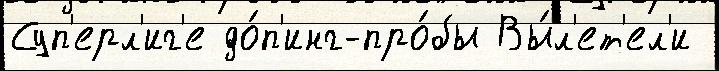
Суп'ерл'иг'е до́п'инг-про́бы Вы́л'ет'ел'и